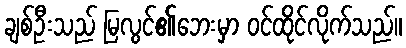
ချစ်ဦးသည် မြလွင်၏ဘေးမှာ ဝင်ထိုင်လိုက်သည်။